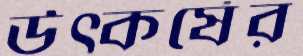
উত্কর্ষের